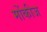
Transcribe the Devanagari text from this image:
मोंकीज